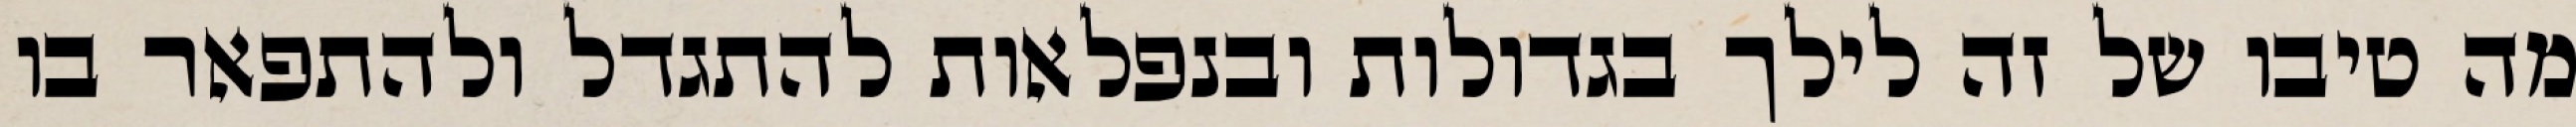
מה טיבו של זה לילך בגדולות ובנפלאות להתגדל ולהתפאר בו